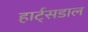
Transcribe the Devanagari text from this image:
हार्ट्‌सडाल